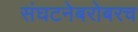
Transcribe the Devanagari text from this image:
संघटनेबरोबरच